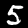
Digit: 5